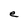
Character: e